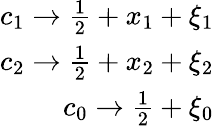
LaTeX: \begin{array}{r}{c_{1}\rightarrow\frac{1}{2}+x_{1}+\xi_{1}}\\ {c_{2}\rightarrow\frac{1}{2}+x_{2}+\xi_{2}}\\ {c_{0}\rightarrow\frac{1}{2}+\xi_{0}}\end{array}